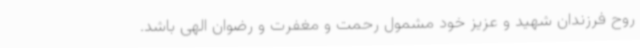
روح فرزندان شهید و عزیز خود مشمول رحمت و مغفرت و رضوان الهی باشد.